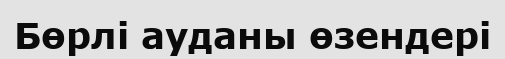
Бөрлі ауданы өзендері